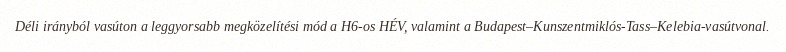
Déli irányból vasúton a leggyorsabb megközelítési mód a H6-os HÉV, valamint a Budapest–Kunszentmiklós-Tass–Kelebia-vasútvonal.